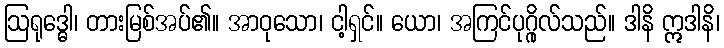
ဩရုဒ္ဓေါ၊ တားမြစ်အပ်၏။ အာဝုသော၊ ငါ့ရှင်။ ယော၊ အကြင်ပုဂ္ဂိုလ်သည်။ ဒါနိ ဣဒါနိ၊